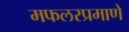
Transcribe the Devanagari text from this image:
मफलरप्रमाणे